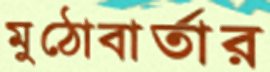
মুঠোবার্তার